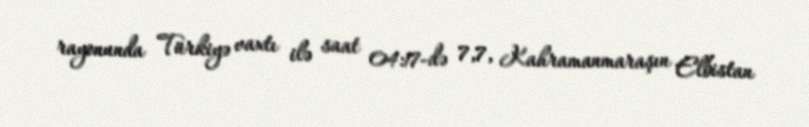
rayonunda Türkiyə vaxtı ilə saat 04:17-də 7,7, Kahramanmaraşın Elbistan